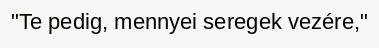
"Te pedig, mennyei seregek vezére,"